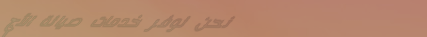
نحن نوفر خدمات صيانة الأج